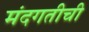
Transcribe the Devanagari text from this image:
मंदगतीची